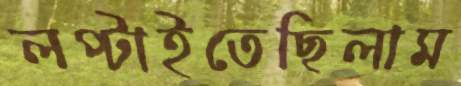
লপ্‌টাইতেছিলাম